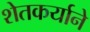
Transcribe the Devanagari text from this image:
शेतकर्याने